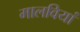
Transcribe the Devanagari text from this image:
मालवियां